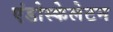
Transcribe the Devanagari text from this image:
एंडोस्केलेटन